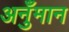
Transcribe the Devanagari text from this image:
अनुँमान